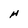
Character: H